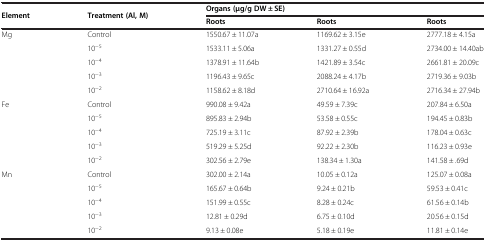
<table><thead><tr><td rowspan="2"><b>Element</b></td><td rowspan="2"><b>Treatment (Al, M)</b></td><td colspan="3"><b>Organs (μg/g DW ± SE)</b></td></tr><tr><td><b>Roots</b></td><td><b>Roots</b></td><td><b>Roots</b></td></tr></thead><tbody><tr><td rowspan="5">Mg</td><td>Control</td><td>1550.67 ± 11.07a</td><td>1169.62 ± 3.15e</td><td>2777.18 ± 4.15a</td></tr><tr><td>10<sup>−5</sup></td><td>1533.11 ± 5.06a</td><td>1331.27 ± 0.55d</td><td>2734.00 ± 14.40ab</td></tr><tr><td>10<sup>−4</sup></td><td>1378.91 ± 11.64b</td><td>1421.89 ± 3.54c</td><td>2661.81 ± 20.09c</td></tr><tr><td>10<sup>−3</sup></td><td>1196.43 ± 9.65c</td><td>2088.24 ± 4.17b</td><td>2719.36 ± 9.03b</td></tr><tr><td>10<sup>−2</sup></td><td>1158.62 ± 8.18d</td><td>2710.64 ± 16.92a</td><td>2716.34 ± 27.94b</td></tr><tr><td rowspan="5">Fe</td><td>Control</td><td>990.08 ± 9.42a</td><td>49.59 ± 7.39c</td><td>207.84 ± 6.50a</td></tr><tr><td>10<sup>−5</sup></td><td>895.83 ± 2.94b</td><td>53.58 ± 0.55c</td><td>194.45 ± 0.83b</td></tr><tr><td>10<sup>−4</sup></td><td>725.19 ± 3.11c</td><td>87.92 ± 2.39b</td><td>178.04 ± 0.63c</td></tr><tr><td>10<sup>−3</sup></td><td>519.29 ± 5.25d</td><td>92.22 ± 2.30b</td><td>116.23 ± 0.93e</td></tr><tr><td>10<sup>−2</sup></td><td>302.56 ± 2.79e</td><td>138.34 ± 1.30a</td><td>141.58 ± .69d</td></tr><tr><td rowspan="5">Mn</td><td>Control</td><td>302.00 ± 2.14a</td><td>10.05 ± 0.12a</td><td>125.07 ± 0.08a</td></tr><tr><td>10<sup>−5</sup></td><td>165.67 ± 0.64b</td><td>9.24 ± 0.21b</td><td>59.53 ± 0.41c</td></tr><tr><td>10<sup>−4</sup></td><td>151.99 ± 0.55c</td><td>8.28 ± 0.24c</td><td>61.56 ± 0.14b</td></tr><tr><td>10<sup>−3</sup></td><td>12.81 ± 0.29d</td><td>6.75 ± 0.10d</td><td>20.56 ± 0.15d</td></tr><tr><td>10<sup>−2</sup></td><td>9.13 ± 0.08e</td><td>5.18 ± 0.19e</td><td>11.81 ± 0.14e</td></tr></tbody></table>